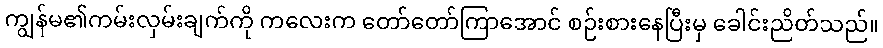
ကျွန်မ၏ကမ်းလှမ်းချက်ကို ကလေးက တော်တော်ကြာအောင် စဉ်းစားနေပြီးမှ ခေါင်းညိတ်သည်။